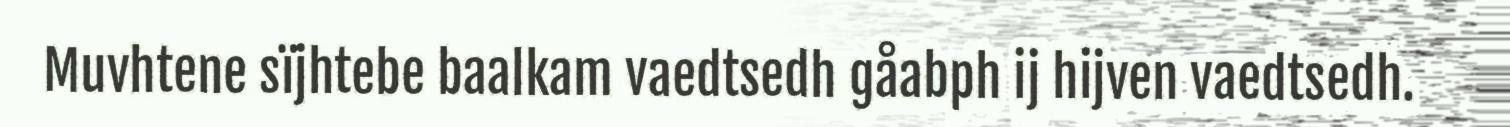
Muvhtene sïjhtebe baalkam vaedtsedh gåabph ij hijven vaedtsedh.